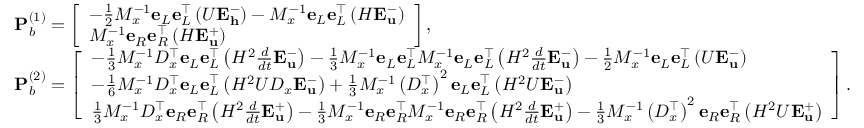
\begin{array} { r l } & { \mathbf { P } _ { b } ^ { ( 1 ) } = \left[ \begin{array} { l } { - \frac { 1 } { 2 } M _ { x } ^ { - 1 } \mathbf { e } _ { L } \mathbf { e } _ { L } ^ { \top } \left( U \mathbf { E } _ { \mathbf { h } } ^ { - } \right) - M _ { x } ^ { - 1 } \mathbf { e } _ { L } \mathbf { e } _ { L } ^ { \top } \left( H \mathbf { E } _ { \mathbf { u } } ^ { - } \right) } \\ { M _ { x } ^ { - 1 } \mathbf { e } _ { R } \mathbf { e } _ { R } ^ { \top } \left( H \mathbf { E } _ { \mathbf { u } } ^ { + } \right) } \end{array} \right] , } \\ & { \mathbf { P } _ { b } ^ { ( 2 ) } = \left[ \begin{array} { l } { - \frac { 1 } { 3 } M _ { x } ^ { - 1 } D _ { x } ^ { \top } \mathbf { e } _ { L } \mathbf { e } _ { L } ^ { \top } \left( H ^ { 2 } \frac { d } { d t } \mathbf { E } _ { \mathbf { u } } ^ { - } \right) - \frac { 1 } { 3 } M _ { x } ^ { - 1 } \mathbf { e } _ { L } \mathbf { e } _ { L } ^ { \top } M _ { x } ^ { - 1 } \mathbf { e } _ { L } \mathbf { e } _ { L } ^ { \top } \left( H ^ { 2 } \frac { d } { d t } \mathbf { E } _ { \mathbf { u } } ^ { - } \right) - \frac { 1 } { 2 } M _ { x } ^ { - 1 } \mathbf { e } _ { L } \mathbf { e } _ { L } ^ { \top } \left( U \mathbf { E } _ { \mathbf { u } } ^ { - } \right) } \\ { - \frac { 1 } { 6 } M _ { x } ^ { - 1 } D _ { x } ^ { \top } \mathbf { e } _ { L } \mathbf { e } _ { L } ^ { \top } \left( H ^ { 2 } U D _ { x } \mathbf { E } _ { \mathbf { u } } ^ { - } \right) + \frac { 1 } { 3 } M _ { x } ^ { - 1 } \left( D _ { x } ^ { \top } \right) ^ { 2 } \mathbf { e } _ { L } \mathbf { e } _ { L } ^ { \top } \left( H ^ { 2 } U \mathbf { E } _ { \mathbf { u } } ^ { - } \right) } \\ { \frac { 1 } { 3 } M _ { x } ^ { - 1 } D _ { x } ^ { \top } \mathbf { e } _ { R } \mathbf { e } _ { R } ^ { \top } \left( H ^ { 2 } \frac { d } { d t } \mathbf { E } _ { \mathbf { u } } ^ { + } \right) - \frac { 1 } { 3 } M _ { x } ^ { - 1 } \mathbf { e } _ { R } \mathbf { e } _ { R } ^ { \top } M _ { x } ^ { - 1 } \mathbf { e } _ { R } \mathbf { e } _ { R } ^ { \top } \left( H ^ { 2 } \frac { d } { d t } \mathbf { E } _ { \mathbf { u } } ^ { + } \right) - \frac { 1 } { 3 } M _ { x } ^ { - 1 } \left( D _ { x } ^ { \top } \right) ^ { 2 } \mathbf { e } _ { R } \mathbf { e } _ { R } ^ { \top } \left( H ^ { 2 } U \mathbf { E } _ { \mathbf { u } } ^ { + } \right) } \end{array} \right] . } \end{array}